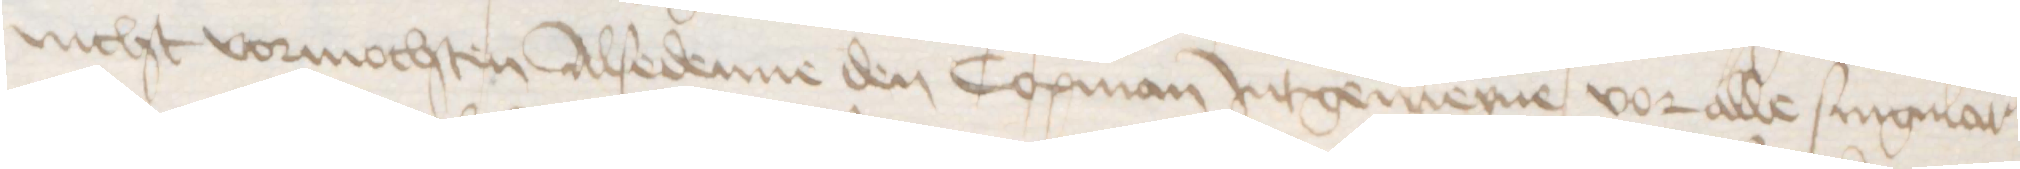
nicht vormochten Alsedenne den Copman Jntgemeyne vor alle singular